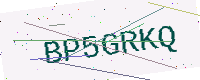
Text: BP5GRKQ